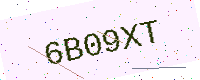
Text: 6B09XT